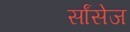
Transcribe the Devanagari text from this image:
र्सांसेज